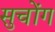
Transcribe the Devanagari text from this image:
सुचोंग